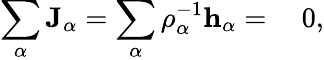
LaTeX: \begin{array}{rl}{\displaystyle\sum_{\alpha}\mathbf{J}_{\alpha}=\displaystyle\sum_{\alpha}\rho_{\alpha}^{-1}\mathbf{h}_{\alpha}=}&{{}~0,}\end{array}